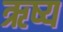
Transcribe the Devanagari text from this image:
ऋष्य